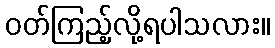
ဝတ်ကြည့်လို့ရပါသလား။